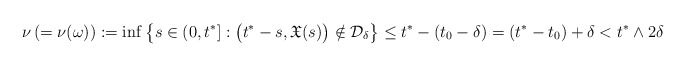
\begin{align*}\ \ \nu \,(=\nu(\omega)):=\inf \big\{s\in (0, t^*] : \big(t^*-s,\mathfrak{X}(s)\big)\notin \mathcal{D}_{\delta} \big\} \le t^*-(t_0-\delta)=(t^*-t_0)+\delta< t^*\wedge 2\delta\end{align*}